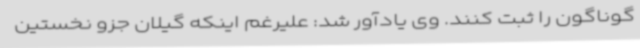
گوناگون را ثبت کنند. وی یادآور شد: علیرغم اینکه گیلان جزو نخستین